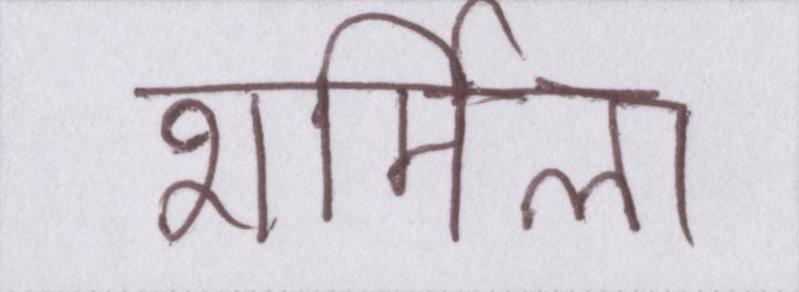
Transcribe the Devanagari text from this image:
शर्मिला